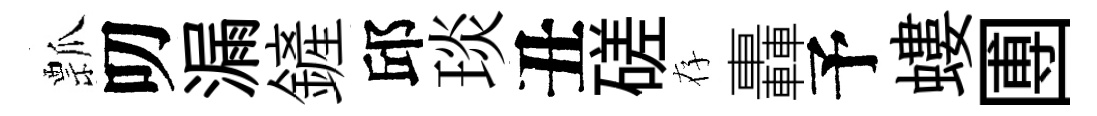
瓢叨漏鏟邱琰丑磋存轟予螻圑